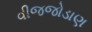
વીજજોડાણ